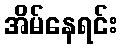
အိမ်နေရင်း